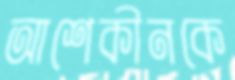
আশেকীনকে